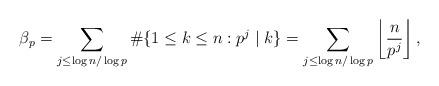
LaTeX: \begin{align*}\beta_p = \sum_{j\leq \log n/\log p} \#\{1\leq k\leq n: p^j\mid k\} = \sum_{j\leq \log n/\log p}\left\lfloor\dfrac{n}{p^j}\right\rfloor, \end{align*}